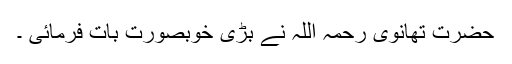
حضرت تھانوی رحمہ اللہ نے بڑی خوبصورت بات فرمائی ۔